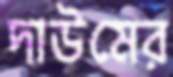
দাউমের